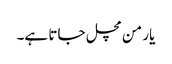
یار من مچل جاتا ہے۔